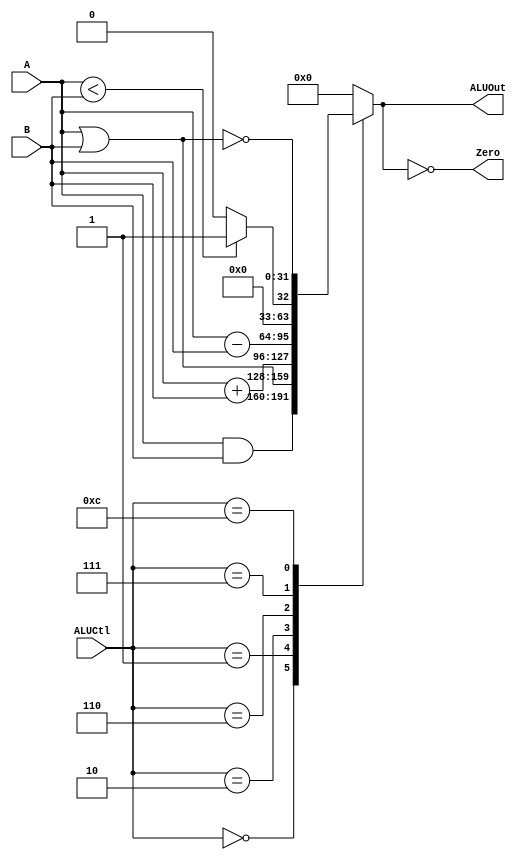
module ALU (ALUCtl, A, B, ALUOut, Zero);

	input [3:0] ALUCtl;
	input [31:0] A,B;
	
	output reg [31:0] ALUOut;
	output Zero;
	assign Zero = (ALUOut == 0);
	
	always @(ALUCtl, A, B) begin
		case (ALUCtl)
			0: ALUOut <= A & B;
			1: ALUOut <= A | B;
			2: ALUOut <= A + B;
			6: ALUOut <= A - B;
			7: ALUOut <= A < B ? 1:0;
			12: ALUOut <= ~(A | B);
			default: ALUOut <= 0;
		endcase
	end
endmodule